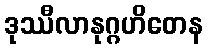
ဒုဿီလာနုဂ္ဂဟိတေန